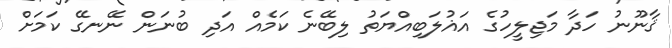
ޤާނޫނު ހަދާ މަޖިލީހުގެ އަޣުލަބިއްޔަތު ލިބޭނެ ކަމެއް އަދި ބުނަން ނޭނގޭ ކަމަށް